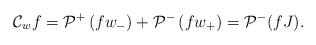
LaTeX: \begin{align*}\mathcal{C}_{w} f=\mathcal{P}^+\left(f w_-\right)+\mathcal{P}^{-}\left(f w_+\right)=\mathcal{P}^-(fJ).\end{align*}